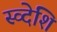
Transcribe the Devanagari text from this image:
स्व्देशि